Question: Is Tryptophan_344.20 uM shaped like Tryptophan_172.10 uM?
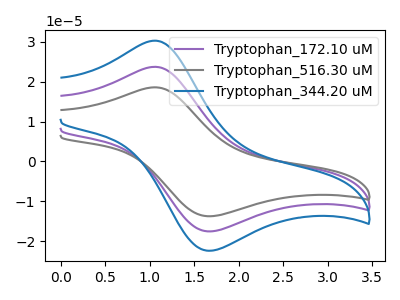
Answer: <think>The purple curve "Tryptophan_172.10 uM" has an anodic peak at (1.05V, 23.75uA) and a cathodic peak at (1.70V, -17.55uA). The gray curve "Tryptophan_516.30 uM" has an anodic peak at (1.05V, 47.50uA) and a cathodic peak at (1.70V, -35.05uA). The blue curve "Tryptophan_344.20 uM" has an anodic peak at (1.05V, 30.30uA) and a cathodic peak at (1.70V, -22.40uA).
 All the peaks in "Tryptophan_344.20 uM" have a peak in "Tryptophan_172.10 uM" at the same potential. Every peak in "Tryptophan_344.20 uM" is higher than every peak in "Tryptophan_172.10 uM".</think>
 <answer>"Tryptophan_344.20 uM" and "Tryptophan_172.10 uM" are similar in shape.</answer>
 <eval>same_shape</eval>